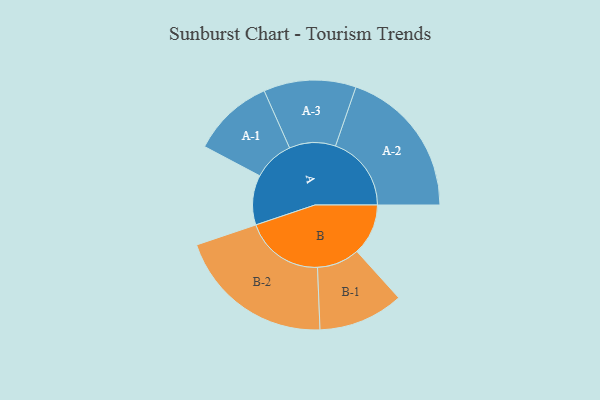
{"axis": {"x": "Segment", "y": "Value"}, "legend": ["", "A", "B"], "data": [{"x": "A", "y": 166, "type": ""}, {"x": "B", "y": 171, "type": ""}, {"x": "A-1", "y": 136, "type": "A"}, {"x": "A-2", "y": 253, "type": "A"}, {"x": "A-3", "y": 154, "type": "A"}, {"x": "B-1", "y": 142, "type": "B"}, {"x": "B-2", "y": 263, "type": "B"}]}